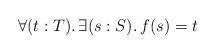
LaTeX: \begin{align*}\forall(t:T)\ldotp\exists(s:S)\ldotp f(s)=t\end{align*}